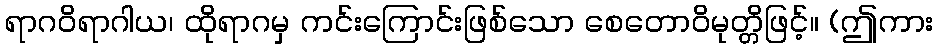
ရာဂဝိရာဂါယ၊ ထိုရာဂမှ ကင်းကြောင်းဖြစ်သော စေတောဝိမုတ္တိဖြင့်။ (ဤကား